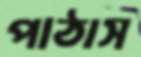
পাঠাস